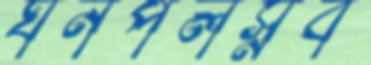
ঘনপলস্নব